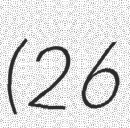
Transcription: (26